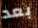
بعد